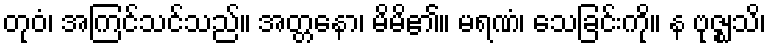
တုဝံ၊ အကြင်သင်သည်။ အတ္တနော၊ မိမိ၏။ မရဏံ၊ သေခြင်းကို။ န ဗုဇ္ဈသိ၊